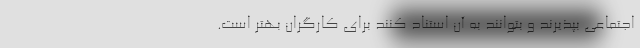
اجتماعی بپذیرند و بتوانند به آن استناد کنند برای کارگران بهتر است.